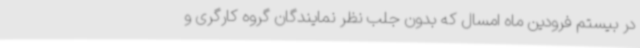
در بیستم فرودین ماه امسال که بدون جلب نظر نمایندگان گروه کارگری و